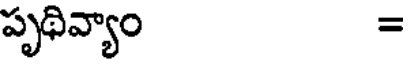
పృథివ్యాం =